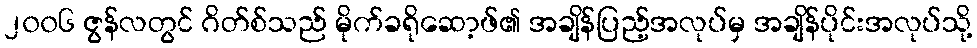
၂၀၀၆ ဇွန်လတွင် ဂိတ်စ်သည် မိုက်ခရိုဆော့ဖ်၏ အချိန်ပြည့်အလုပ်မှ အချိန်ပိုင်းအလုပ်သို့